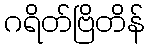
ဂရိတ်ဗြိတိန်